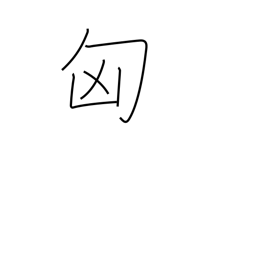
Meaning: Hungary